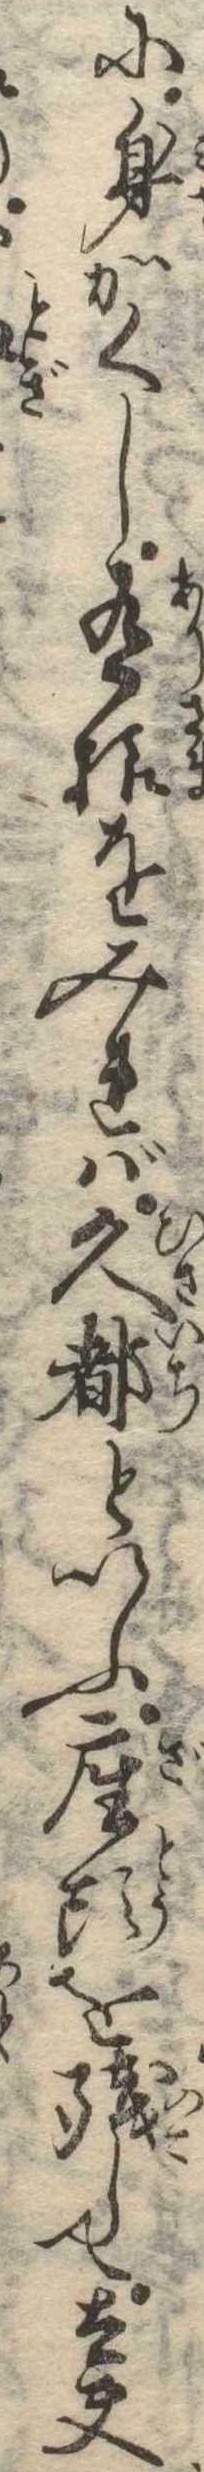
に身かくし有様をみれば久都といふ座頭を残して太夫